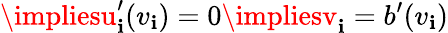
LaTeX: \impliesu_{\mathbf{i}}^{\prime}(v_{\mathbf{i}})=0\impliesv_{\mathbf{i}}=b^{\prime}(v_{\mathbf{i}})